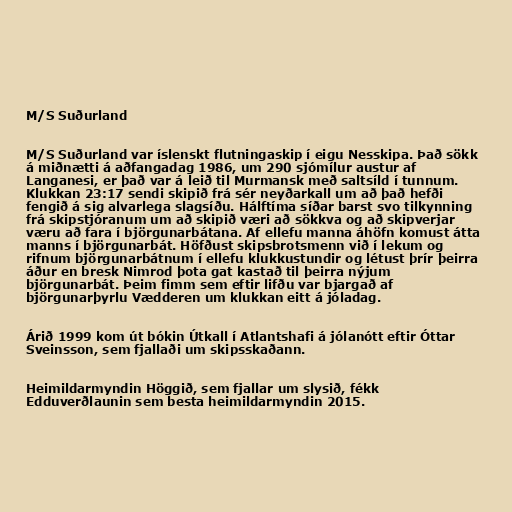
M/S Suðurland

M/S Suðurland var íslenskt flutningaskip í eigu Nesskipa. Það sökk
á miðnætti á aðfangadag 1986, um 290 sjómílur austur af
Langanesi, er það var á leið til Murmansk með saltsíld í tunnum.
Klukkan 23:17 sendi skipið frá sér neyðarkall um að það hefði
fengið á sig alvarlega slagsíðu. Hálftíma síðar barst svo tilkynning
frá skipstjóranum um að skipið væri að sökkva og að skipverjar
væru að fara í björgunarbátana. Af ellefu manna áhöfn komust átta
manns í björgunarbát. Höfðust skipsbrotsmenn við í lekum og
rifnum björgunarbátnum í ellefu klukkustundir og létust þrír þeirra
áður en bresk Nimrod þota gat kastað til þeirra nýjum
björgunarbát. Þeim fimm sem eftir lifðu var bjargað af
björgunarþyrlu Vædderen um klukkan eitt á jóladag.

Árið 1999 kom út bókin Útkall í Atlantshafi á jólanótt eftir Óttar
Sveinsson, sem fjallaði um skipsskaðann.

Heimildarmyndin Höggið, sem fjallar um slysið, fékk
Edduverðlaunin sem besta heimildarmyndin 2015.